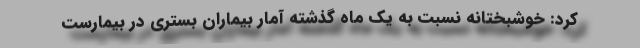
کرد: خوشبختانه نسبت به یک ماه گذشته آمار بیماران بستری در بیمارست